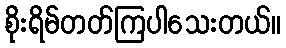
စိုးရိမ်တတ်ကြပါသေးတယ်။